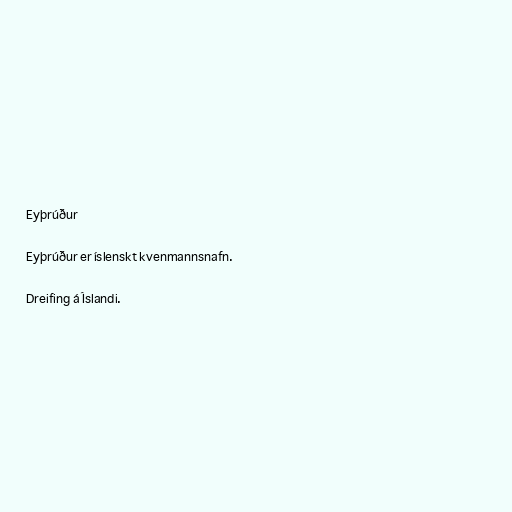
Eyþrúður

Eyþrúður er íslenskt kvenmannsnafn.

Dreifing á Íslandi.